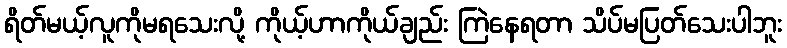
ရိတ်မယ့်လူကိုမရသေးလို့ ကိုယ့်ဟာကိုယ်ချည်း ကြဲနေရတာ သိပ်မပြတ်သေးပါဘူး